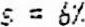
S = 6%